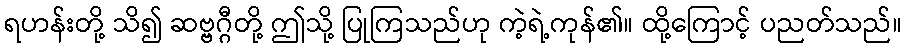
ရဟန်းတို့ သိ၍ ဆဗ္ဗဂ္ဂီတို့ ဤသို့ ပြုကြသည်ဟု ကဲ့ရဲ့ကုန်၏။ ထို့ကြောင့် ပညတ်သည်။